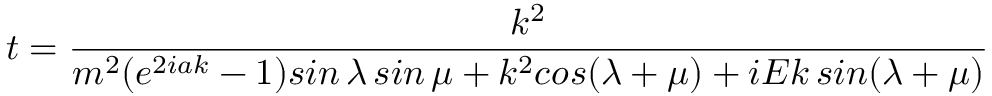
t = \frac { k ^ { 2 } } { m ^ { 2 } ( e ^ { 2 i a k } - 1 ) s i n \, \lambda \, s i n \, \mu + k ^ { 2 } c o s ( \lambda + \mu ) + i E k \, s i n ( \lambda + \mu ) }